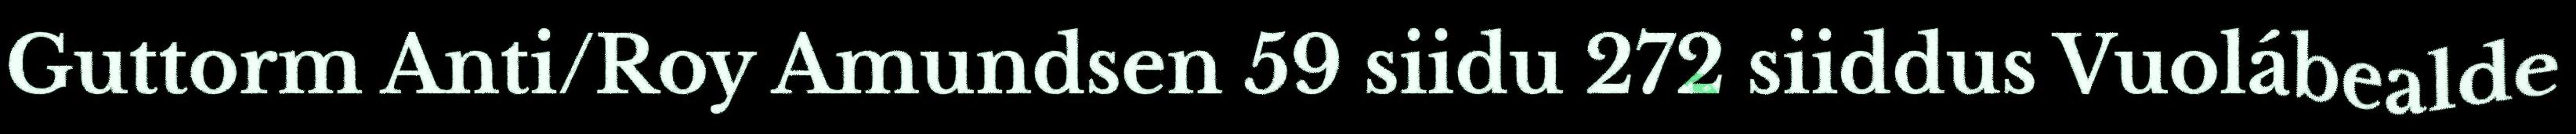
Guttorm Anti/Roy Amundsen 59 siidu 272 siiddus Vuolábealde